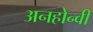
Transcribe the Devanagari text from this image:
अनहोन्‍वी